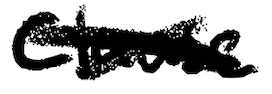
Text: Clause
Cross-out: mix
Writing tool: digital_black